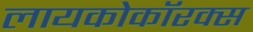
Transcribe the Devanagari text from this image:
लायकोकॉरक्स